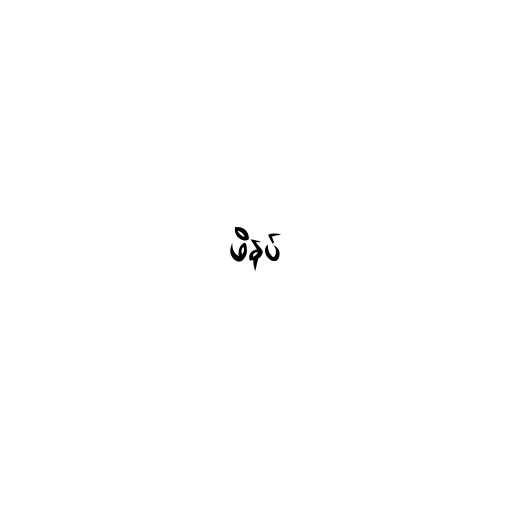
ဖိနပ်